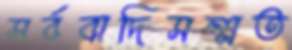
সর্ববাদিসম্মত